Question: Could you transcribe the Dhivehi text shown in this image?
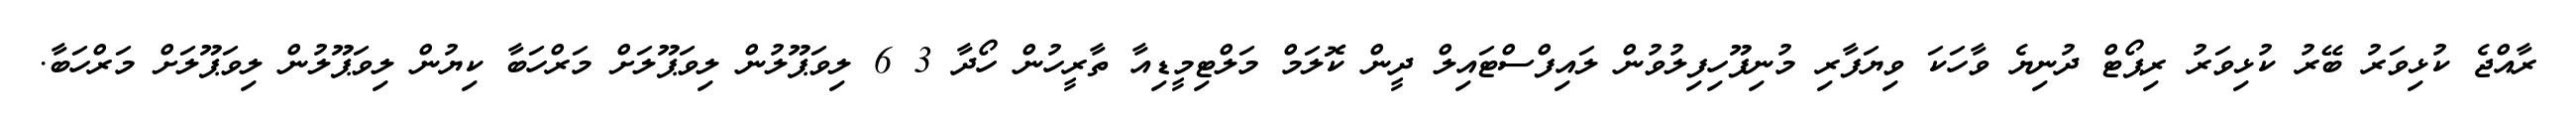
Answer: ރާއްޖެ ކުޅިވަރު ބޭރު ކުޅިވަރު ރިޕޯޓް ދުނިޔެ ވާހަކަ ވިޔަފާރި މުނިފޫހިފިލުވުން ލައިފްސްޓައިލް ދީން ކޮލަމް މަލްޓިމީޑިއާ ތާރީހުން ހޯދާ 3 6 ލިވަޕޫލުން ލިވަޕޫލަށް މަރްހަބާ ކިޔުން ލިވަޕޫލުން ލިވަޕޫލަށް މަރްހަބާ.